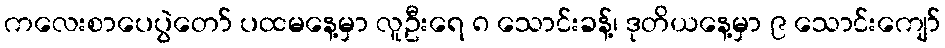
ကလေးစာပေပွဲတော် ပထမနေ့မှာ လူဦးရေ ၈ သောင်းခန့်၊ ဒုတိယနေ့မှာ ၉ သောင်းကျော်